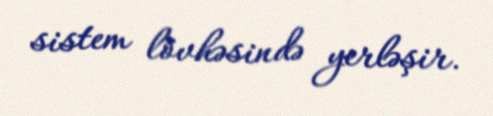
sistem lövhəsində yerləşir.